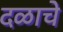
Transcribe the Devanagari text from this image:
दळाचे